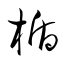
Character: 楯